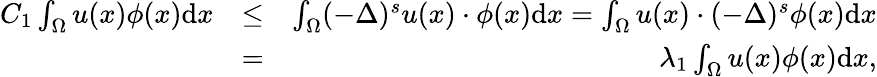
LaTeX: \begin{array}{rlr}{C_{1}\int_{\Omega}u(x)\phi(x)\mathrm{d}x}&{\leq}&{\int_{\Omega}(-\Delta)^{s}u(x)\cdot\phi(x)\mathrm{d}x=\int_{\Omega}u(x)\cdot(-\Delta)^{s}\phi(x)\mathrm{d}x}\\ &{=}&{\lambda_{1}\int_{\Omega}u(x)\phi(x)\mathrm{d}x,}\end{array}